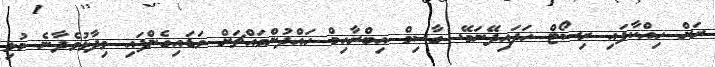
ރަށް ހިއްކާފައި ރިސޯޓް ހަދައިދޭނަމޭ. ގާސިމް އިބްރާހިމް ހައްދުންމައްޗަށް ވަޑައިގެންފައި ވިދާޅުވެދާނެ މުޅި